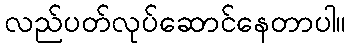
လည်ပတ်လုပ်ဆောင်နေတာပါ။